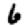
Digit: 6